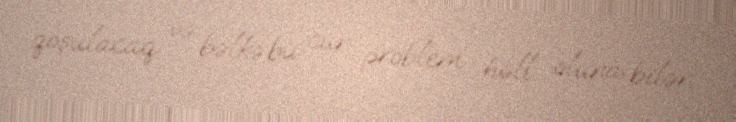
qoşulacaq və bəlkə bu cür problem həll oluna bilər.